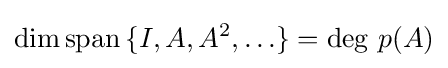
\dim \operatorname {span} \,\{I,A,A^{2},\ldots \}=\deg \,p(A)